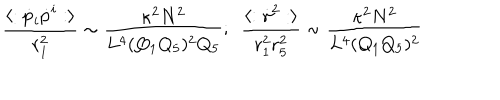
{ \frac { \langle : \dot { p } _ { i } \dot { p } ^ { i } : \rangle } { r _ { 1 } ^ { 2 } } } \sim { \frac { \kappa ^ { 2 } N ^ { 2 } } { L ^ { 4 } ( Q _ { 1 } Q _ { 5 } ) ^ { 2 } Q _ { 5 } } } ; \ \ { \frac { \langle : \dot { \gamma } ^ { 2 } : \rangle } { r _ { 1 } ^ { 2 } r _ { 5 } ^ { 2 } } } \sim { \frac { \kappa ^ { 2 } N ^ { 2 } } { L ^ { 4 } ( Q _ { 1 } Q _ { 5 } ) ^ { 2 } } }